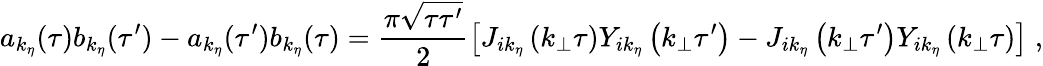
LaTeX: a_{k_{\eta}}(\tau)b_{k_{\eta}}(\tau^{\prime})-a_{k_{\eta}}(\tau^{\prime})b_{k_{\eta}}(\tau)=\frac{\pi\sqrt{\tau\tau^{\prime}}}{2}\left[J_{ik_{\eta}}\left(k_{\bot}\tau\right)Y_{ik_{\eta}}\left(k_{\bot}\tau^{\prime}\right)-J_{ik_{\eta}}\left(k_{\bot}\tau^{\prime}\right)Y_{ik_{\eta}}\left(k_{\bot}\tau\right)\right]\; ,